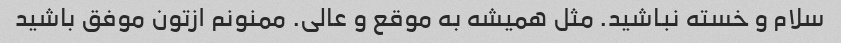
سلام و خسته نباشید. مثل همیشه به موقع و عالی. ممنونم ازتون موفق باشید